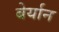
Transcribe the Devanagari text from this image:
बेर्यान